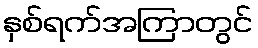
နှစ်ရက်အကြာတွင်